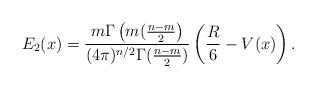
LaTeX: \begin{align*}E_2(x) = \frac{m\Gamma\left(m(\frac{n-m}{2}\right)}{(4\pi)^{n/2}\Gamma(\frac{n-m}{2})}\left(\frac{R}{6} - V(x)\right).\end{align*}